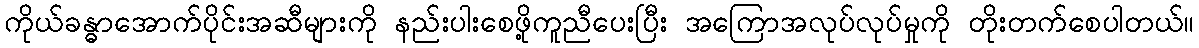
ကိုယ်ခန္ဓာအောက်ပိုင်းအဆီများကို နည်းပါးစေဖို့ကူညီပေးပြီး အကြောအလုပ်လုပ်မှုကို တိုးတက်စေပါတယ်။